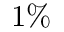
1 \%